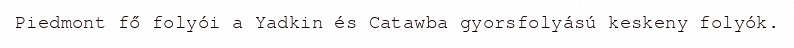
Piedmont fő folyói a Yadkin és Catawba gyorsfolyású keskeny folyók.